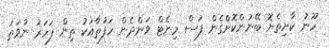
ހޫނު ކާށިތެޔޮ ބޭނުންކޮށްގެން ފަސް މިނެޓް ވަންދެން ހަފުތާއަކު ތިން ފަހަރު ނުވަތަ